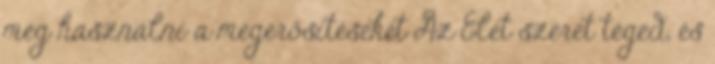
meg használni a megerősítéseket Az Élet szeret téged, és